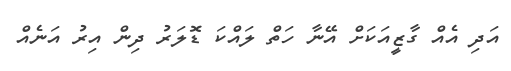
އަދި އެއް ގާޒީއަކަށް އޭނާ ހަތް ލައްކަ ޑޮލަރު ދިން އިރު އަނެއް